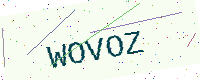
Text: WOVOZ